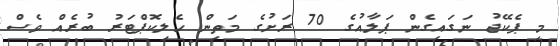
މި ޕެކޭޖު ނަގައިގެން ޕަލާއުގެ 70 ރަށުގެ މަތިން ހެލިކޮޕްޓަރު ބުރެއް ވެސް